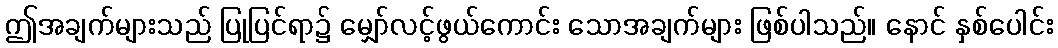
ဤအချက်များသည် ပြုပြင်ရာ၌ မျှော်လင့်ဖွယ်ကောင်း သောအချက်များ ဖြစ်ပါသည်။ နောင် နှစ်ပေါင်း